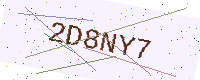
Text: 2D8NY7